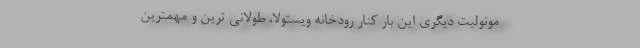
مونولیت دیگری این بار کنار رودخانه ویستولا، طولانی ترین و مهمترین